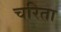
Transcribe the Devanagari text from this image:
चरिता